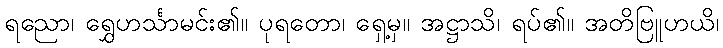
ရညော၊ ရွှေဟင်္သာမင်း၏။ ပုရတော၊ ရှေ့မှ။ အဋ္ဌာသိ၊ ရပ်၏။ အတိဗြူဟယိ၊